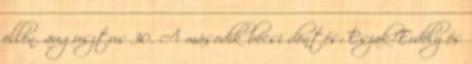
ellen. augusztus 30. A második bécsi döntés: Észak-Erdély és